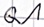
Text: Q1